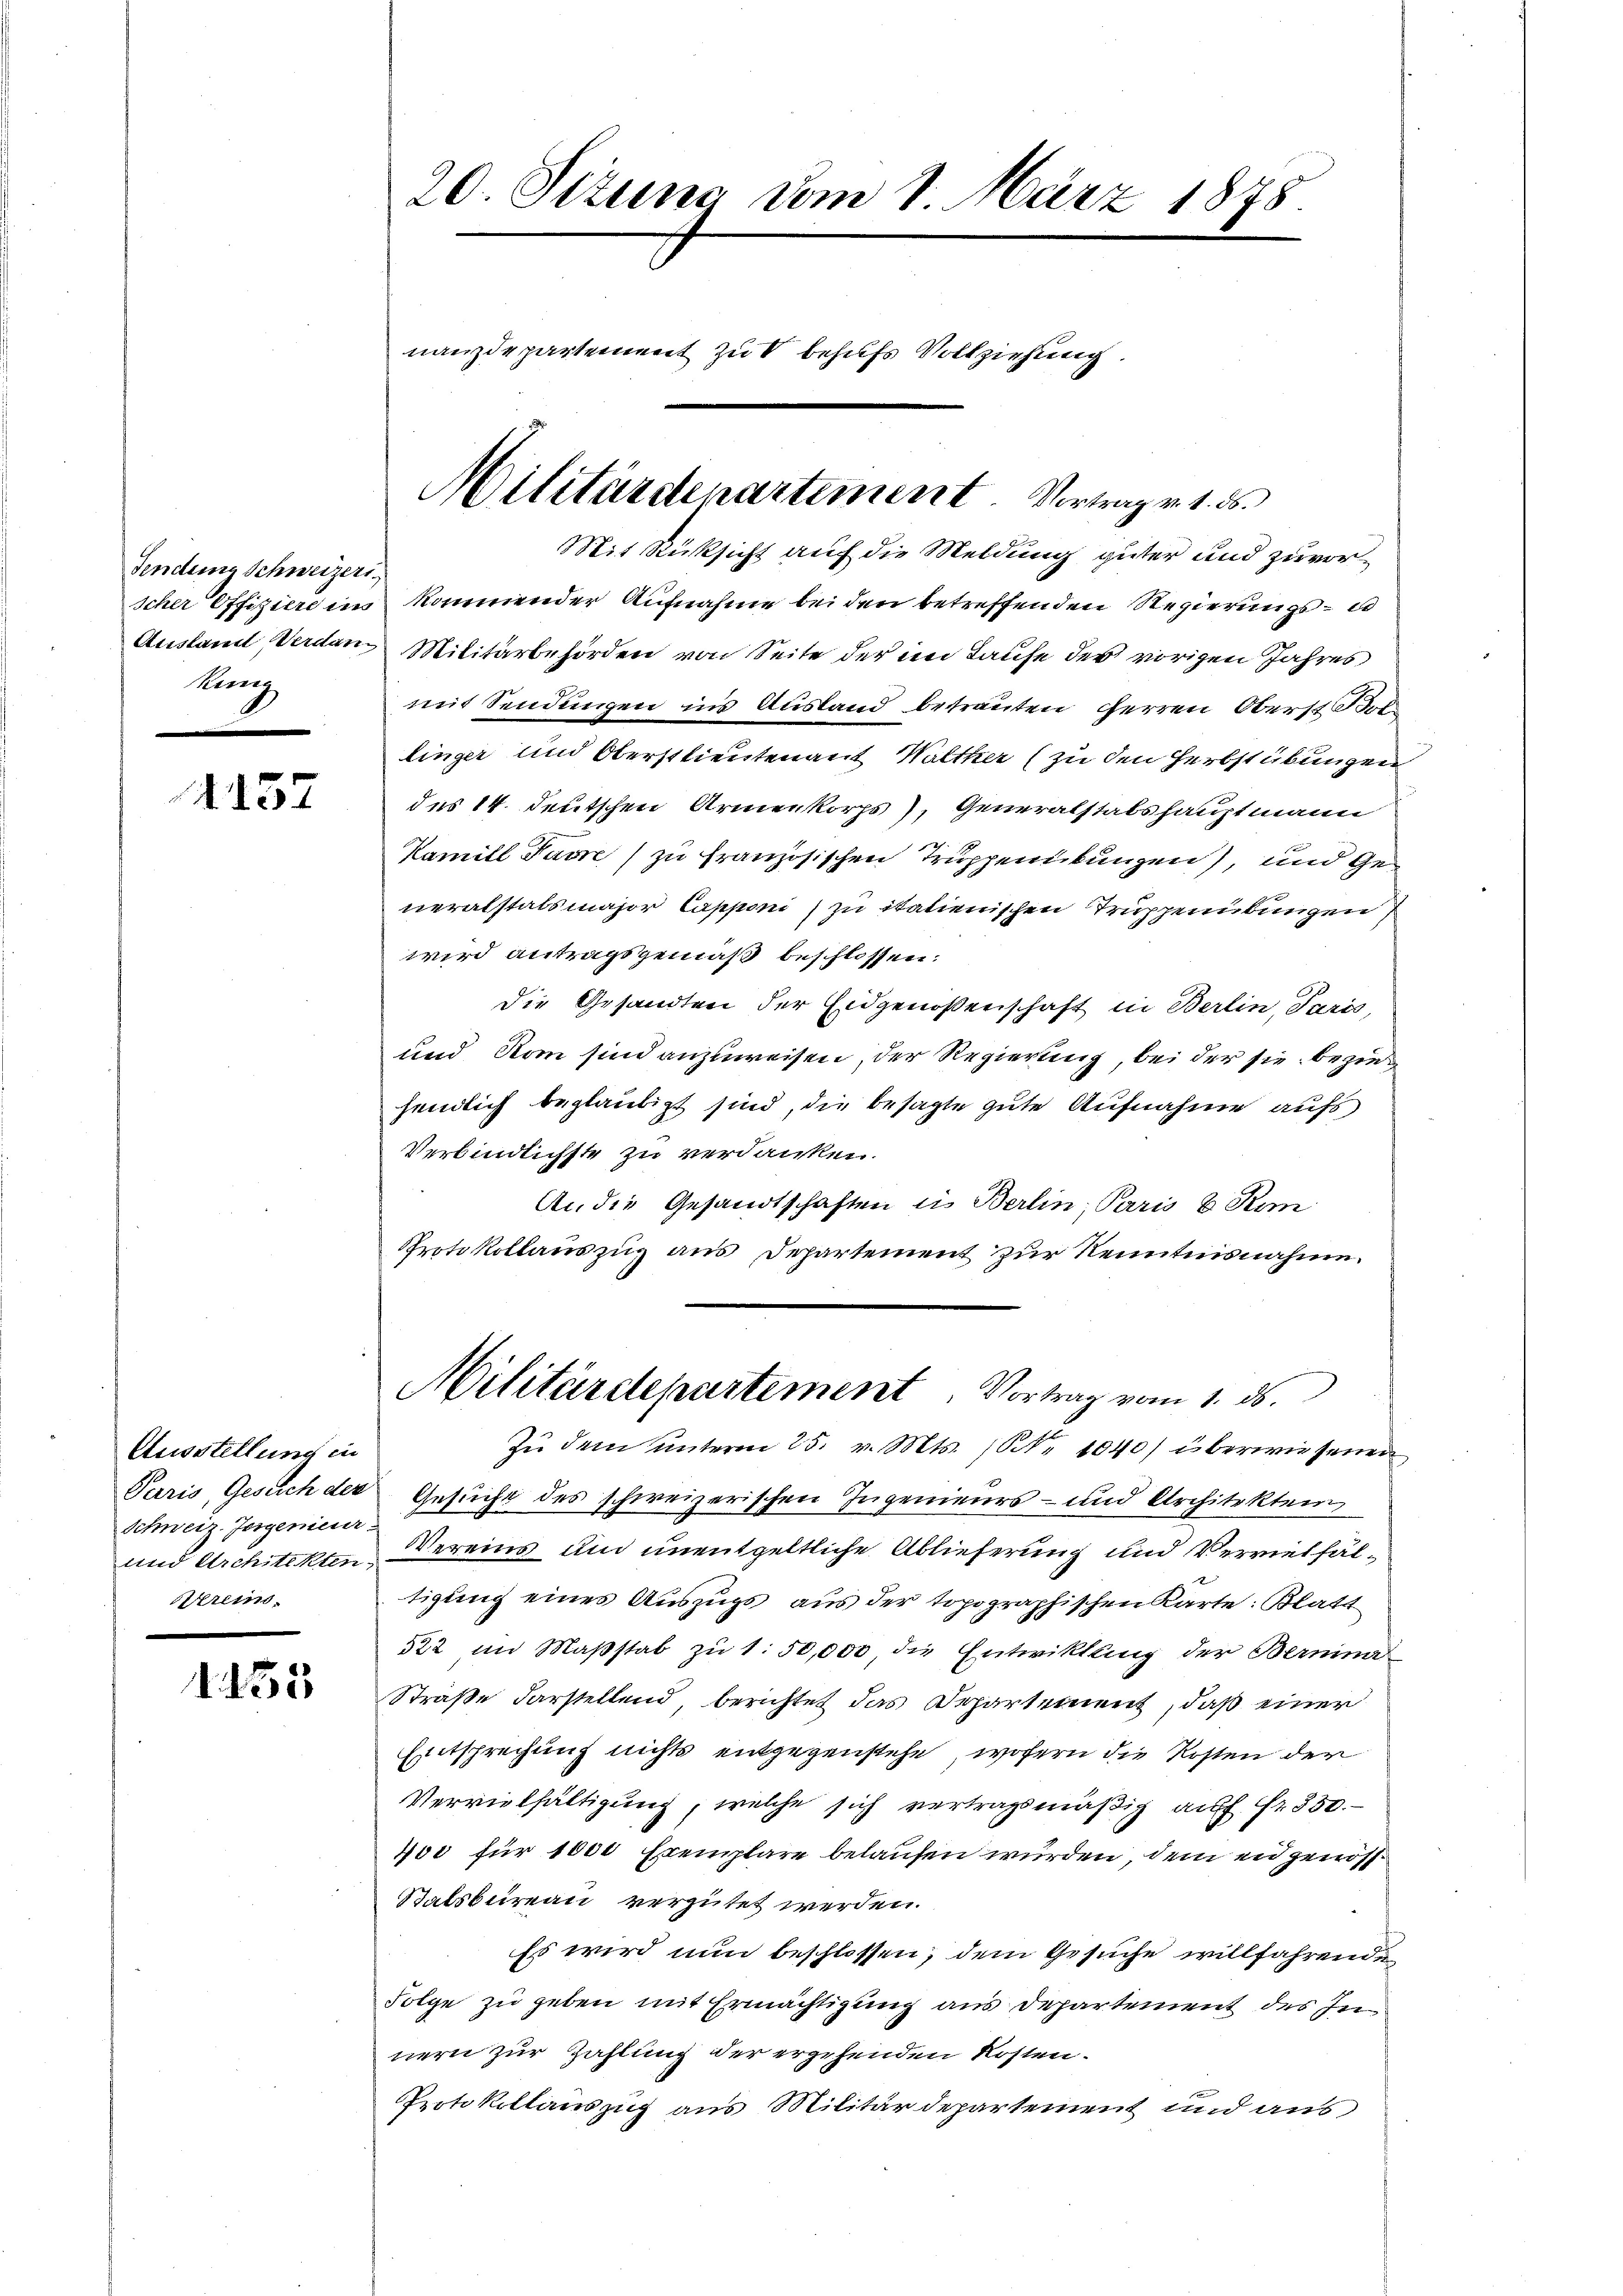
Fendene Schweizeri
Kunz

4137

Ausstellung in
Schweiz. Jeszenieur.
rei-

1. 155

20. Sizung vom 1. März 1878
nanzdepartement zu behufs Vollziehung.

Militärdepartement Vortrag v. 1. ds.

Mit Rücksicht auf die Meldung güter und zuvorscher Offiziere ins kommender Aufnahme bei den betreffenden Regierungs- do
Ausland Verdan Militärbehörden von Seite der im Taufe des vorigen Jahres
mit Sendungen ins Ausland betrauten Herren Oberst Bol
linger und Oberstlieutenant Walther (zu den Herbstübungen
des 14. deutschen Armenkorps), Generalstabshauptmann
Kamill Pawn) zu französischen Truppenübungen), und generalstalsmajor Capponi zu italienischen Truppenübungen
wird antragsgemäß beschlossen:
Die Gesandten der Eidgenossenschaft in Berlin, Paris,
und Rom sind anzuweisen, der Regierung, bei der sie bezieh
fendlich beglaubigt sind, die besagte gute Aufnahme aufs
Verbindlichste zu verdanken.
An die Gesandtschaften in Berlin, Paris 6 Kin
Protokollauszug aus Departement zur Kenntnisnahme.
Militärdepartement. Vortrag vom 1. ds.
Zŭ dem ŭnterm 25. v. Mts. S. 1040) überwiesenen
Paris, Gesuch der Gesuche des schweizerischen Ingenieurs- und Architektem
und Architekten Vereins und unentgeltliche Ablieferung und Vervielfältigung eines Auszugs aus der topographischen Karte: Blatt
322 im Maßstab zu 1. 50,000, die Entwiktung der Bermina
Straße darstellend, berichtet das Departement, daß einer
Entsprechung nichts entgegenstehe, wofern die Kosten der
Vervielfältigung, welche sich vertragsmäßig auf fr 550.
400 für 1000 Exemplare belaufen wurden, dem und genos¬
Batsbüreau vergütet werden.
Es wird nun beschlossen; dem Gesuche willfahrende
Folge zu geben mit Ermächtigung aus Departement des Innern zur Zahlung der ergehenden Kosten.
Protokollauszug aus Militärdepartement und aus